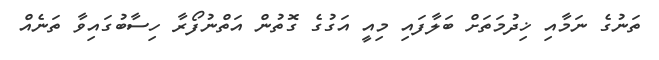
ތަނުގެ ނަމާއި ޚިދުމަތަށް ބަލާފައި މިއީ އަގުގެ ގޮތުން އަތްނުފޯރާ ހިސާބުގައިވާ ތަނެއް